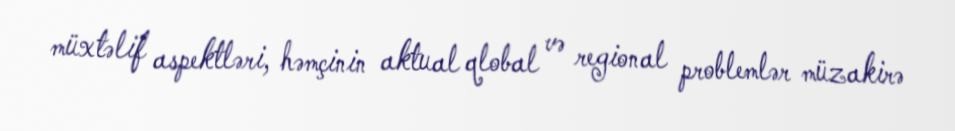
müxtəlif aspektləri, həmçinin aktual qlobal və regional problemlər müzakirə